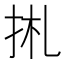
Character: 𢫄